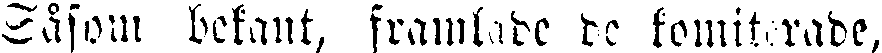
Såsom bekant, framlade de komiterade,